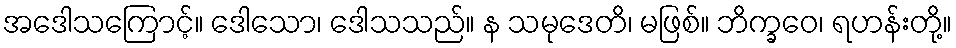
အဒေါသကြောင့်။ ဒေါသော၊ ဒေါသသည်။ န သမုဒေတိ၊ မဖြစ်။ ဘိက္ခဝေ၊ ရဟန်းတို့။